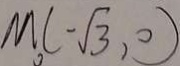
M _ { 0 } ( - \sqrt { 3 } , 0 )